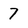
Character: 7